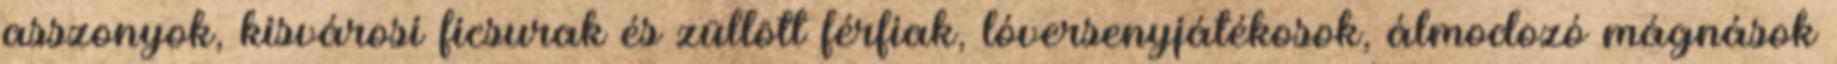
asszonyok, kisvárosi ficsurak és züllött férfiak, lóversenyjátékosok, álmodozó mágnások